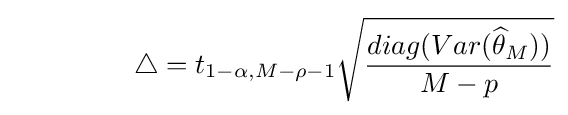
\ \qquad \qquad \bigtriangleup =t_{1-\alpha ,M-\rho -1}{\sqrt {\frac {diag(Var({\widehat {\theta }}_{M}))}{M-p}}}